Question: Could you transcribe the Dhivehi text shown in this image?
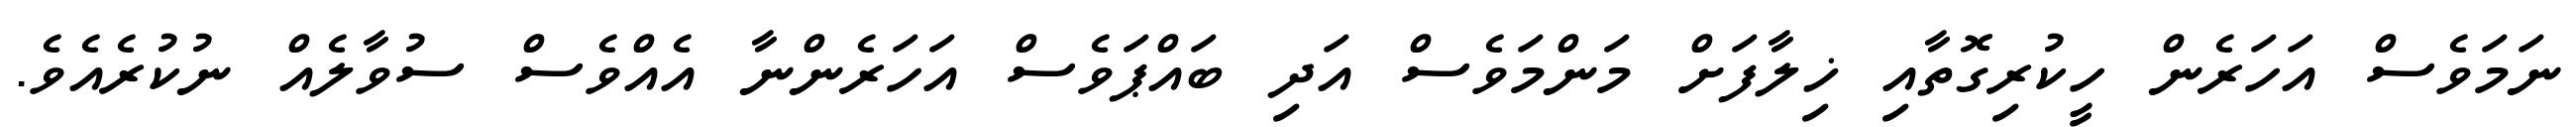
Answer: ނަމަވެސް އަހަރެން ހީކުރިގޮތާއި ޚިލާފަށް މަންމަވެސް އަދި ބައްޕަވެސް އަހަރެންނާ އެއްވެސް ސުވާލެއް ނުކުރެއެވެ.